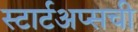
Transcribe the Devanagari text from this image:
स्टार्टअप्सची